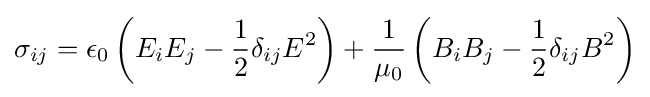
\sigma _{ij}=\epsilon _{0}\left(E_{i}E_{j}-{\frac {1}{2}}\delta _{ij}E^{2}\right)+{\frac {1}{\mu _{0}}}\left(B_{i}B_{j}-{\frac {1}{2}}\delta _{ij}B^{2}\right)